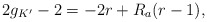
\begin{align*}2g_{K'} - 2 = -2r + R_a(r - 1),\end{align*}